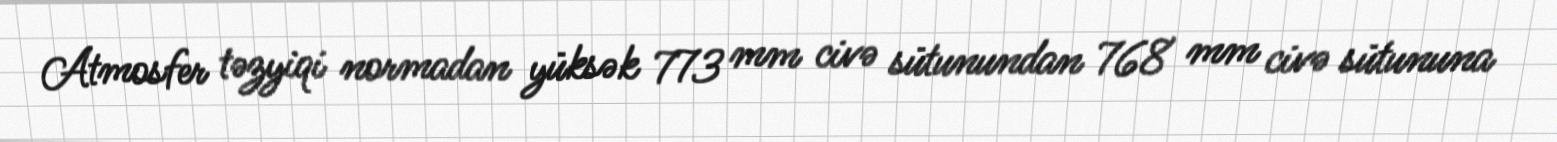
Atmosfer təzyiqi normadan yüksək 773 mm civə sütunundan 768 mm civə sütununa